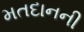
મતદાનની